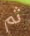
ثم